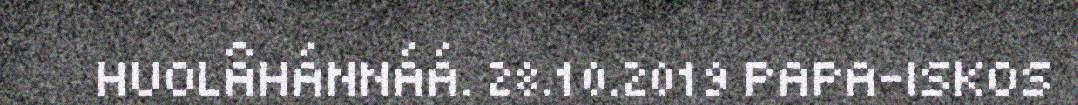
HUOLÂHÁNNÁÁ. 28.10.2019 PAPA-ISKOS